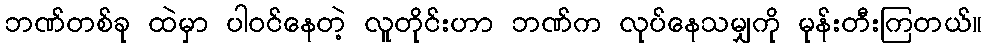
ဘဏ်တစ်ခု ထဲမှာ ပါဝင်နေတဲ့ လူတိုင်းဟာ ဘဏ်က လုပ်နေသမျှကို မုန်းတီးကြတယ်။